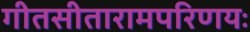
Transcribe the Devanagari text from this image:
गीतसीतारामपरिणयः